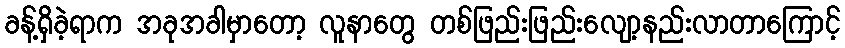
ခန့်ရှိခဲ့ရာက အခုအခါမှာတော့ လူနာတွေ တစ်ဖြည်းဖြည်းလျော့နည်းလာတာကြောင့်